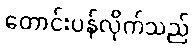
တောင်းပန်လိုက်သည်